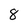
Character: 8